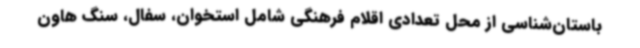
باستان‌شناسی از محل تعدادی اقلام فرهنگی شامل استخوان، سفال، سنگ هاون